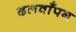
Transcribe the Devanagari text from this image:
ढलवाँपन